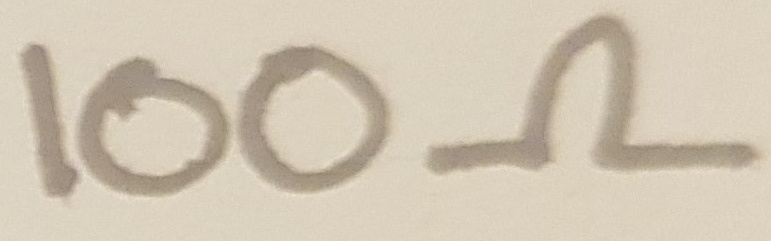
Text: 100Ω